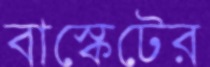
বাস্কেটের